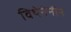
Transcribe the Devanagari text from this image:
विथेनेनीन